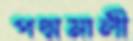
পদ্মমালী